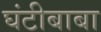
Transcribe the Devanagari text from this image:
घंटीबाबा